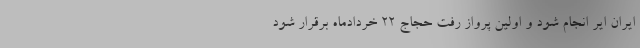
ایران ایر انجام شود و اولین پرواز رفت حجاج 22 خردادماه برقرار شود